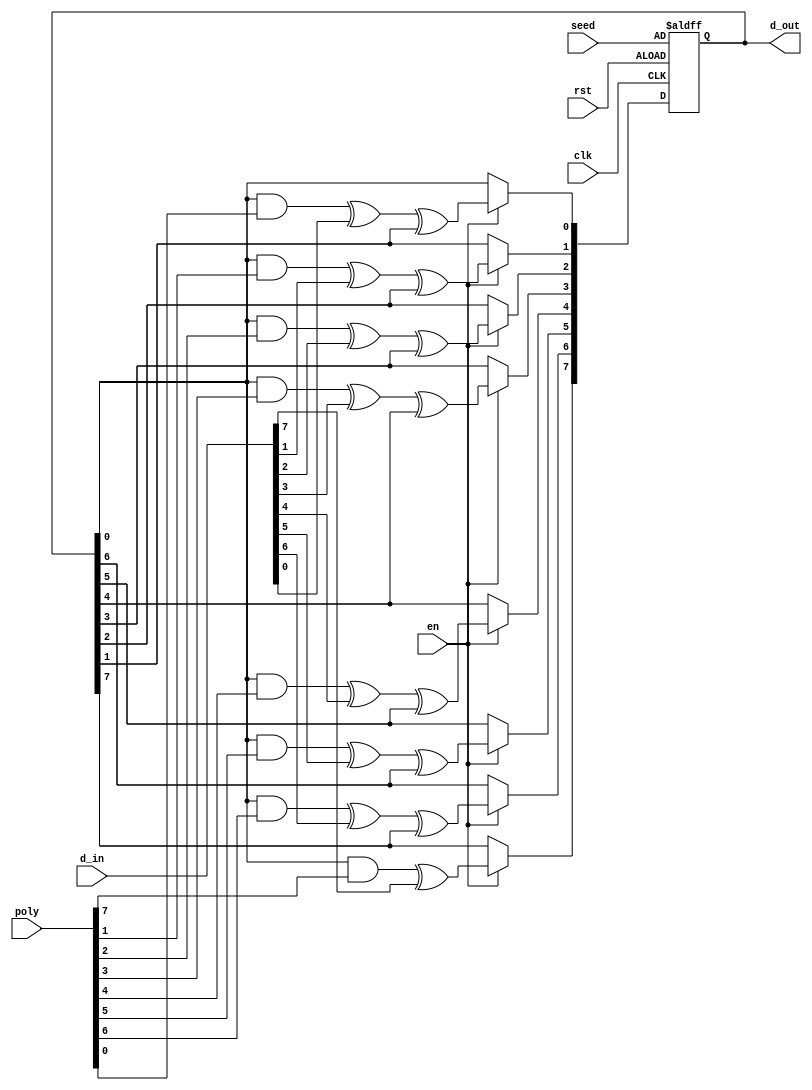

//Verilog file of parametric MISR
//CAD RESEARCH GROUP
//UNIVERSITY OF TEHRAN

`timescale 1ns/1ns

module MISR	#(parameter n = 8)
             (clk, rst, en, poly, seed, d_in, d_out);
			
   input clk, rst, en;
   input [n - 1: 0] poly, d_in, seed;
   output reg [n - 1:0] d_out;
   integer i;
	
   always @(posedge clk or posedge rst) begin
      if(rst == 1'b1) 
         d_out = seed;
      else if(en == 1'b1)begin
         d_out[n - 1] <= (d_out[0] & poly[n - 1]) ^ d_in[n - 1];			
         for(i = 0; i < n - 1; i = i + 1) begin
            d_out[i] <= (d_out[0] & poly[i]) ^ d_in[i] ^ d_out[i + 1];
         end //for
      end
   end
endmodule